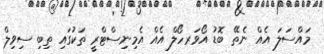
މައްސަލަ އެއް ނެތޭ ބޮޑު އޯވަރހޯލް އެއް އެމިނިސްޓްރީ ތަކުގައި ތިބި ސިވިލް